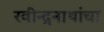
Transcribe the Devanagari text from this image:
रवीन्द्रनाथांचा